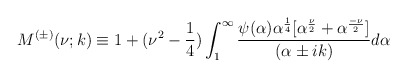
\begin{align*}M^{(\pm)}(\nu;k)\equiv 1+(\nu^2-\frac{1}{4})\int_{1}^{\infty}\frac{\psi(\alpha)\alpha^{\frac{1}{4}}[\alpha^{\frac{\nu}{2}}+\alpha^{\frac{-\nu}{2}}]}{(\alpha\pm ik)}d\alpha\end{align*}